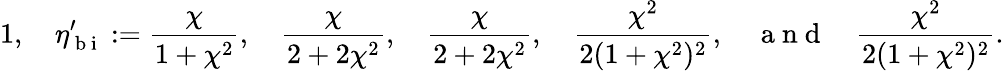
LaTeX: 1,\quad\eta_{\mathrm{~b~i~}}^{\prime}:=\frac{\chi}{1+\chi^{2}},\quad\frac{\chi}{2+2\chi^{2}},\quad\frac{\chi}{2+2\chi^{2}},\quad\frac{\chi^{2}}{2(1+\chi^{2})^{2}},\quad\mathrm{~a~n~d~}\quad\frac{\chi^{2}}{2(1+\chi^{2})^{2}}.